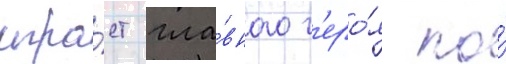
игра́ет гла́вного г'еро́я по́